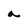
Character: a